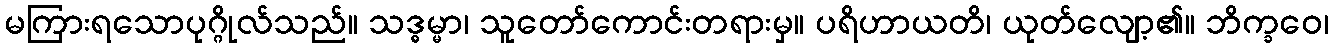
မကြားရသောပုဂ္ဂိုလ်သည်။ သဒ္ဓမ္မာ၊ သူတော်ကောင်းတရားမှ။ ပရိဟာယတိ၊ ယုတ်လျော့၏။ ဘိက္ခဝေ၊